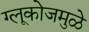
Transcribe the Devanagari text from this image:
ग्लूकोजमुळे